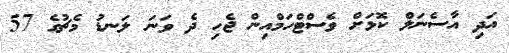
އަދި އާސެނަލް ކޮޅަށް ވެސްޓްހަމްއިން ޖެހި ދެ ވަނަ ލަނޑު މެޗުގެ 57